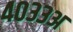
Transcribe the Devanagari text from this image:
४०३३अ